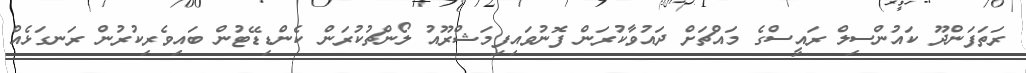
ރަތަފަންދޫ ކައުންސިލް ރައީސްގެ މައްޗަށް ދައުވާކުރަން ފޮނުވައިފިމަޝްރޫއު ލޯންޗުކުރަން ކެންޑިޑޭޓުން ބައިވެރިކުރުން ރަނގަޅެއް